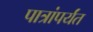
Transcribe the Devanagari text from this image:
पात्रांपर्यंत